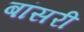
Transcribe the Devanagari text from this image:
बांसरी